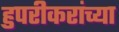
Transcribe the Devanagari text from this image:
हुपरीकरांच्या